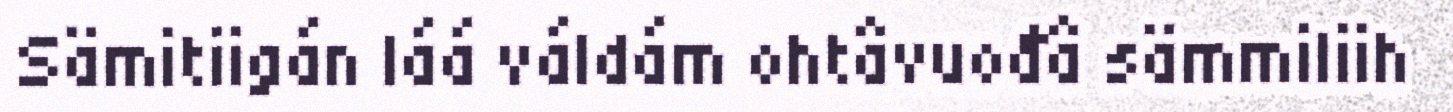
Sämitiigán láá váldám ohtâvuođâ sämmiliih